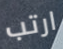
ارتب